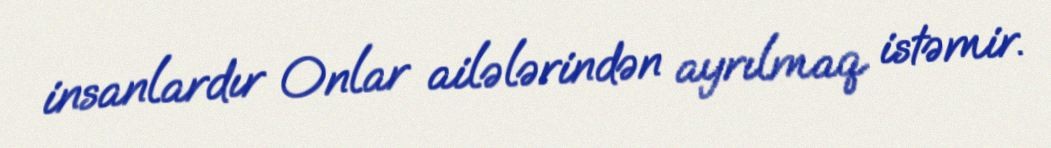
insanlardır Onlar ailələrindən ayrılmaq istəmir.